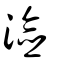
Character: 澰